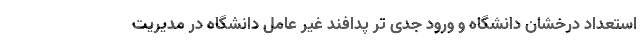
استعداد درخشان دانشگاه و ورود جدی تر پدافند غیر عامل دانشگاه در مدیریت